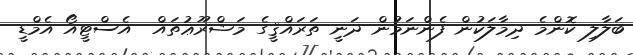
ބަލާލި ކޮންމެ ދިމާލަކުން ފެންނަމުން ދަނީ ތަރައްޤީގެ މަޝްރޫޢުތައް  އެސްޓީއޯ އެމްޑީ